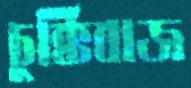
চুক্তিবাজ